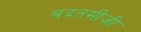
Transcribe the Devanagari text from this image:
बदतमीज़ी